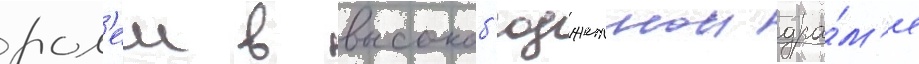
рол'еи в высокоб'юджетнои дра́м'е